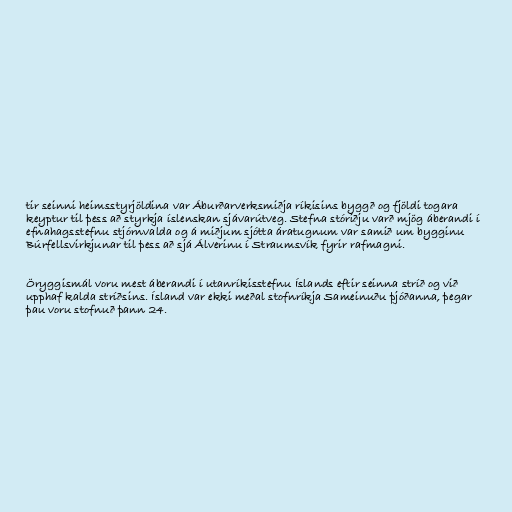
tir seinni heimsstyrjöldina var Áburðarverksmiðja ríkisins byggð og fjöldi togara
keyptur til þess að styrkja íslenskan sjávarútveg. Stefna stóriðju varð mjög áberandi í
efnahagsstefnu stjórnvalda og á miðjum sjótta áratugnum var samið um bygginu
Búrfellsvirkjunar til þess að sjá Álverinu í Straumsvík fyrir rafmagni.

Öryggismál voru mest áberandi í utanríkisstefnu Íslands eftir seinna stríð og við
upphaf kalda stríðsins. Ísland var ekki meðal stofnríkja Sameinuðu þjóðanna, þegar
þau voru stofnuð þann 24.